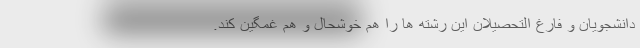
دانشجویان و فارغ التحصیلان این رشته ها را هم خوشحال و هم غمگین کند.